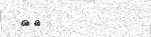
٣٠